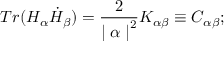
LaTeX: T r ( H _ { \alpha } \dot { H } _ { \beta } ) = { \frac { 2 } { { \mid \alpha \mid } ^ { 2 } } } K _ { \alpha \beta } \equiv C _ { \alpha \beta } ;